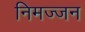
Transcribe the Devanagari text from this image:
निमज्‍जन